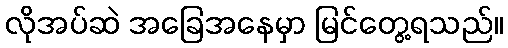
လိုအပ်ဆဲ အခြေအနေမှာ မြင်တွေ့ရသည်။